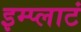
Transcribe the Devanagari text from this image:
इम्प्लाटं